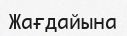
Жағдайына